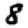
Digit: 8